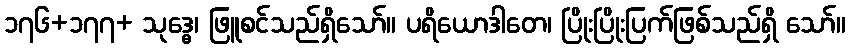
၁၇၆+၁၇၇+ သုဒ္ဓေ၊ ဖြူစင်သည်ရှိသော်။ ပရိယောဒါတေ၊ ပြိုးပြိုးပြက်ဖြစ်သည်ရှိ သော်။